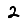
Digit: 2